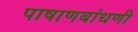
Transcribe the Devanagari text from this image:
पाषाणबांधणी